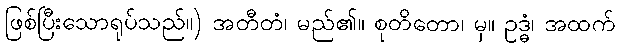
ဖြစ်ပြီးသောရုပ်သည်။) အတီတံ၊ မည်၏။ စုတိတော၊ မှ။ ဥဒ္ဓံ၊ အထက်